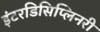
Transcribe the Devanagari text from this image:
इंटरडिसिप्लिनरी